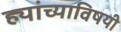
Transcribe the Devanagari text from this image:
ह्यांच्याविषयी